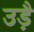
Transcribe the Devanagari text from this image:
उड़ै